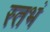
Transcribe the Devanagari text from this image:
स्तभं